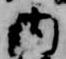
内